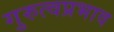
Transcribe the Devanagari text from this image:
गुरुत्वप्रभाव